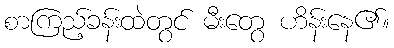
စာကြည့်ခန်းထဲတွင် မီးတွေ ဟိန်းနေ၏။